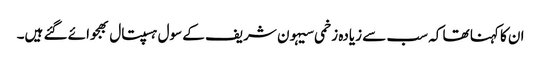
ان کا کہنا تھا کہ سب سے زیادہ زخمی سیہون شریف کے سول ہسپتال بھجوائے گئے ہیں۔